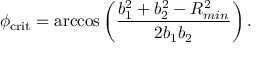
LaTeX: \phi _ { \mathrm { c r i t } } = \operatorname { a r c c o s } \left( \frac { b _ { 1 } ^ { 2 } + b _ { 2 } ^ { 2 } - R _ { m i n } ^ { 2 } } { 2 b _ { 1 } b _ { 2 } } \right) .